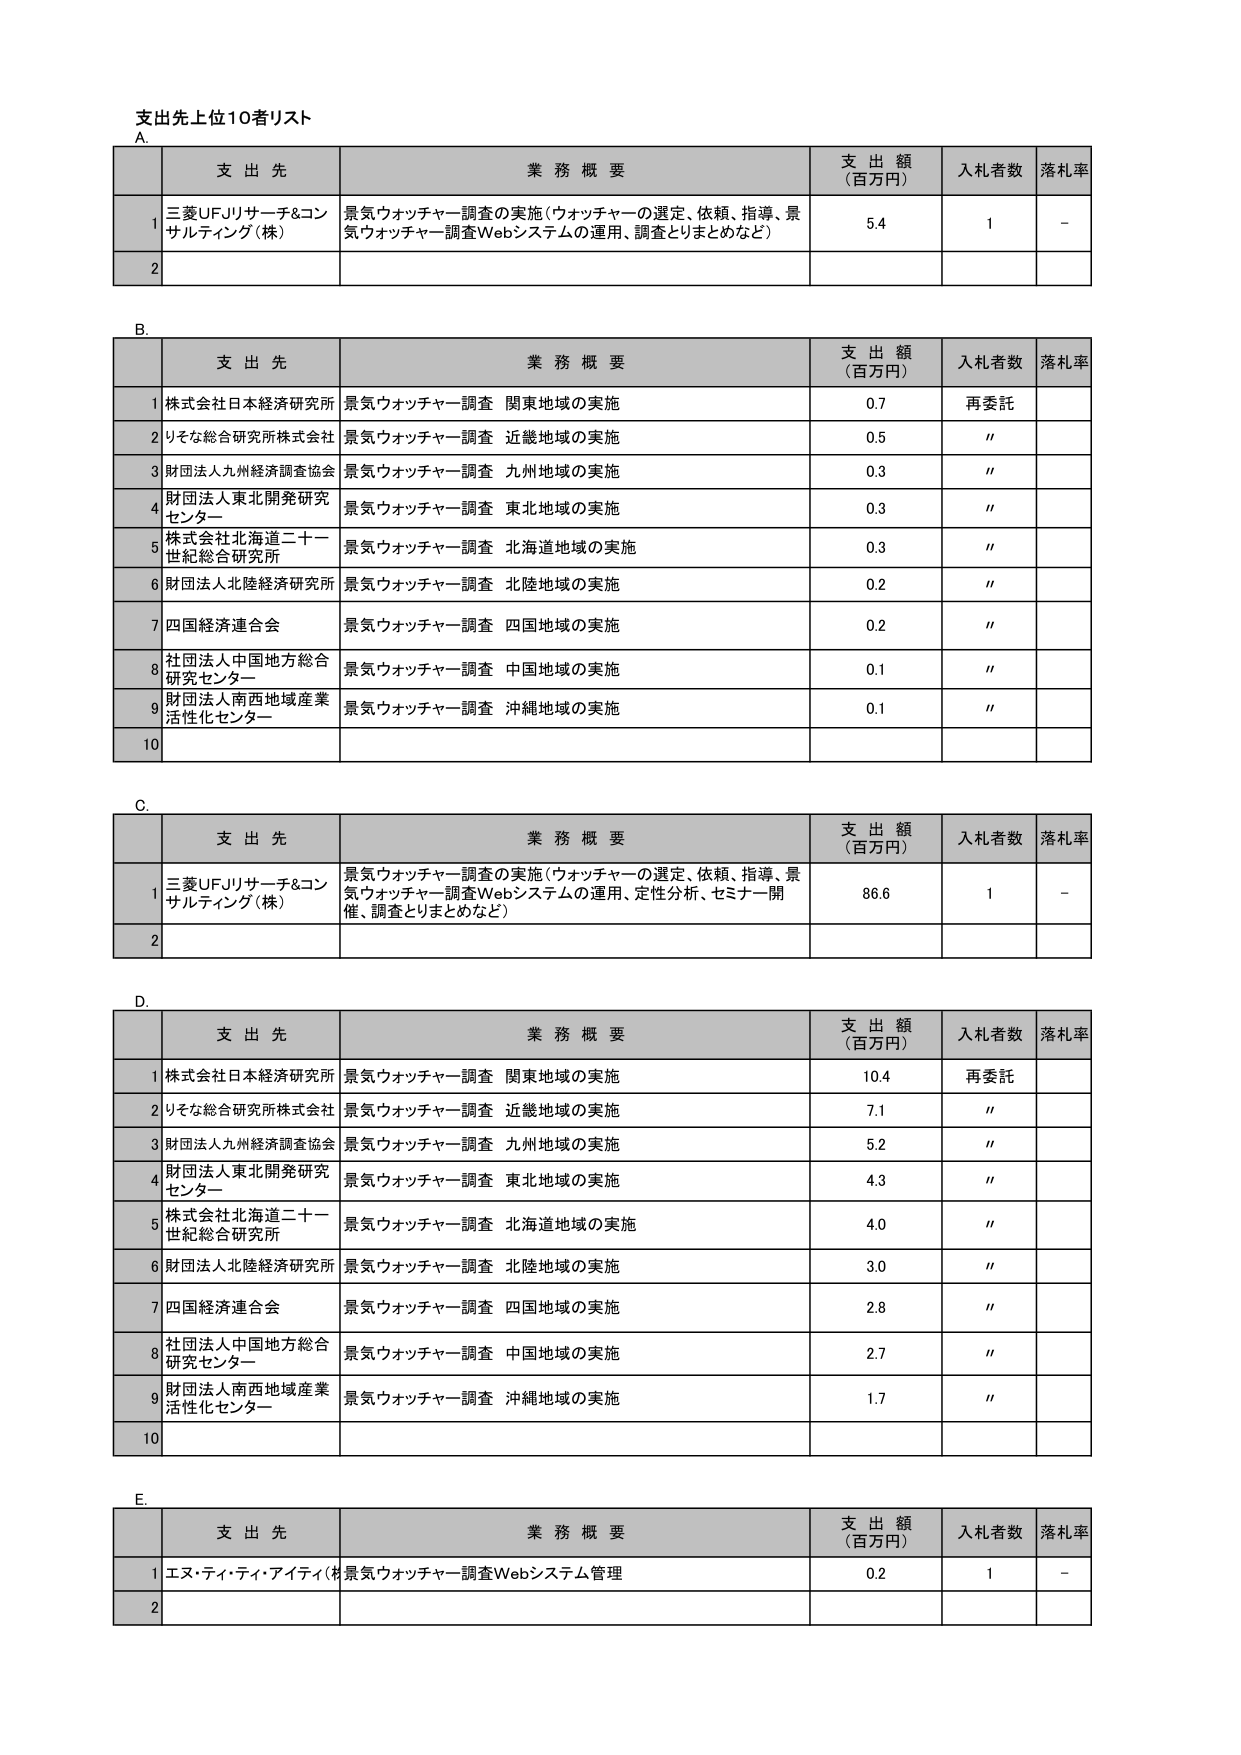
支出先上位10者リスト

A.
支 出 先 業 務 概 要 支 出 額 （百万円） 入札者数 落札率
1 三菱UFJリサーチ&コンサルティング（株） 景気ウォッチャー調査の実施（ウォッチャーの選定、依頼、指導、景気ウォッチャー調査Webシステムの運用、調査とりまとめなど） 5.4 1 -
2

B.
支 出 先 業 務 概 要 支 出 額 （百万円） 入札者数 落札率
1 株式会社日本経済研究所 景気ウォッチャー調査 関東地域の実施 0.7 再委託
2 りそな総合研究所株式会社 景気ウォッチャー調査 近畿地域の実施 0.5 "
3 財団法人九州経済調査協会 景気ウォッチャー調査 九州地域の実施 0.3 "
4 財団法人東北開発研究センター 景気ウォッチャー調査 東北地域の実施 0.3 "
5 株式会社北海道二十一世紀総合研究所 景気ウォッチャー調査 北海道地域の実施 0.3 "
6 財団法人北陸経済研究所 景気ウォッチャー調査 北陸地域の実施 0.2 "
7 四国経済連合会 景気ウォッチャー調査 四国地域の実施 0.2 "
8 社団法人中国地方総合研究センター 景気ウォッチャー調査 中国地域の実施 0.1 "
9 財団法人南西地域産業活性化センター 景気ウォッチャー調査 沖縄地域の実施 0.1 "
10

C.
支 出 先 業 務 概 要 支 出 額 （百万円） 入札者数 落札率
1 三菱UFJリサーチ&コンサルティング（株） 景気ウォッチャー調査の実施（ウォッチャーの選定、依頼、指導、景気ウォッチャー調査Webシステムの運用、定性分析、セミナー開催、調査とりまとめなど） 86.6 1 -
2

D.
支 出 先 業 務 概 要 支 出 額 （百万円） 入札者数 落札率
1 株式会社日本経済研究所 景気ウォッチャー調査 関東地域の実施 10.4 再委託
2 りそな総合研究所株式会社 景気ウォッチャー調査 近畿地域の実施 7.1 "
3 財団法人九州経済調査協会 景気ウォッチャー調査 九州地域の実施 5.2 "
4 財団法人東北開発研究センター 景気ウォッチャー調査 東北地域の実施 4.3 "
5 株式会社北海道二十一世紀総合研究所 景気ウォッチャー調査 北海道地域の実施 4.0 "
6 財団法人北陸経済研究所 景気ウォッチャー調査 北陸地域の実施 3.0 "
7 四国経済連合会 景気ウォッチャー調査 四国地域の実施 2.8 "
8 社団法人中国地方総合研究センター 景気ウォッチャー調査 中国地域の実施 2.7 "
9 財団法人南西地域産業活性化センター 景気ウォッチャー調査 沖縄地域の実施 1.7 "
10

E.
支 出 先 業 務 概 要 支 出 額 （百万円） 入札者数 落札率
1 エヌ・ティ・ティ・アイティ（株） 景気ウォッチャー調査Webシステム管理 0.2 1 -
2